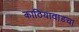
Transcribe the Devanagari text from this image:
काठियावाडचा